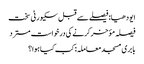
ایودھیا: فیصلے سے قبل سکیورٹی سخت
فیصلہ مؤخر کرنے کی درخواست مسترد
بابری مسجد معاملہ: کب کیا ہوا؟